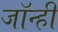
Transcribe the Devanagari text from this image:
जॉन्ही